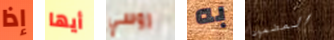
إذا أيها روسي به المضمون